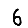
Digit: 6